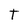
Character: T